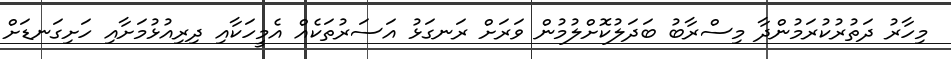
މިހާރު ދަތުރުކުރަމުންދާ މިސްރާބު ބަދަލުކޮށްލުމުން ވަރަށް ރަނގަޅު އަސަރުތަކެއް އެމީހަކާއި ދިރިއުޅުމަށާއި ހަށިގަނޑަށް